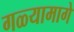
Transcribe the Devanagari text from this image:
गळ्यामागे